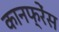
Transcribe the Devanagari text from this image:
कानफ्रेंस